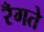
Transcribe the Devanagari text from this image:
रँगते